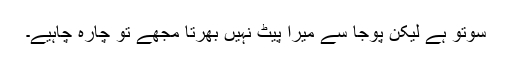
سوتو ہے لیکن پوجا سے میرا پیٹ نہیں بھرتا مجھے تو چارہ چاہیے۔